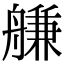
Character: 𦩵